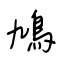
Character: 鳩